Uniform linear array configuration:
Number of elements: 4
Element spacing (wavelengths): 0.5
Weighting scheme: cosine
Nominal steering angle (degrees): -30
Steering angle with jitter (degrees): -29.547
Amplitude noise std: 0.05
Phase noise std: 0.05

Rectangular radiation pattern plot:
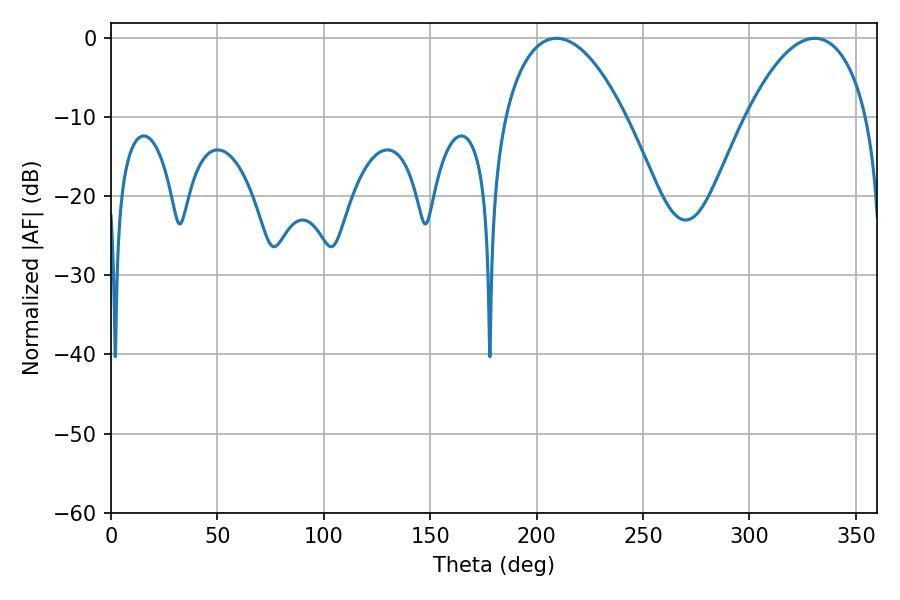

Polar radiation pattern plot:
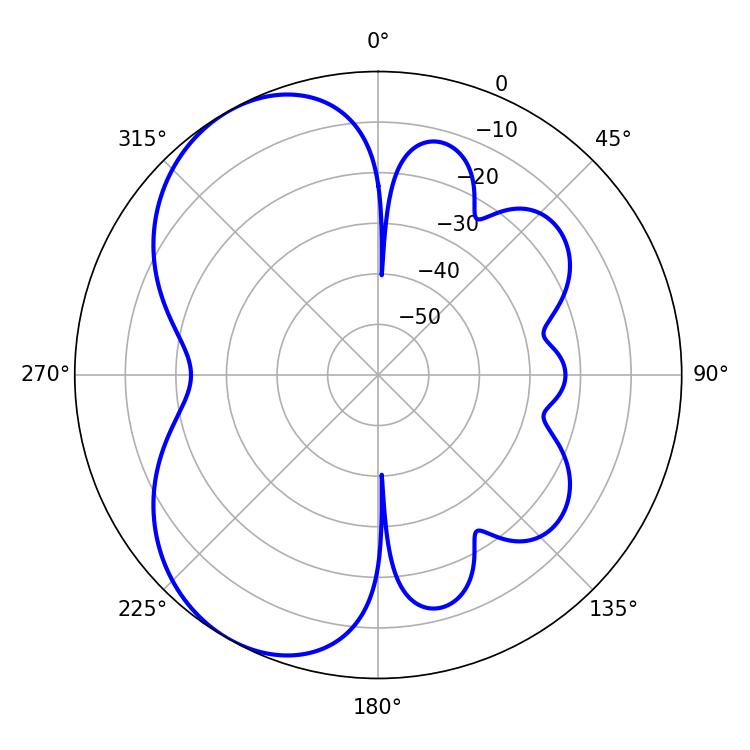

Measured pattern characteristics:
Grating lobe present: FALSE
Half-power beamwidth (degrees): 31.86
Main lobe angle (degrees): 209.34